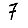
Digit: 7